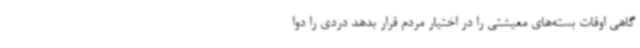
گاهی اوقات بسته‌های معیشتی را در اختیار مردم قرار بدهد دردی را دوا